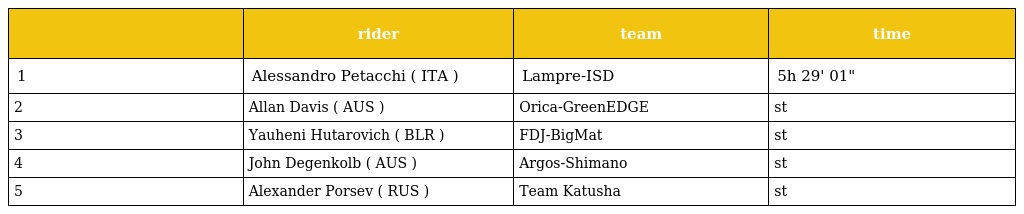
|  | rider | team | time |
 | --- | --- | --- | --- |
 | 1 | Alessandro Petacchi ( ITA ) | Lampre-ISD | 5h 29' 01" |
 | 2 | Allan Davis ( AUS ) | Orica-GreenEDGE | st |
 | 3 | Yauheni Hutarovich ( BLR ) | FDJ-BigMat | st |
 | 4 | John Degenkolb ( AUS ) | Argos-Shimano | st |
 | 5 | Alexander Porsev ( RUS ) | Team Katusha | st |